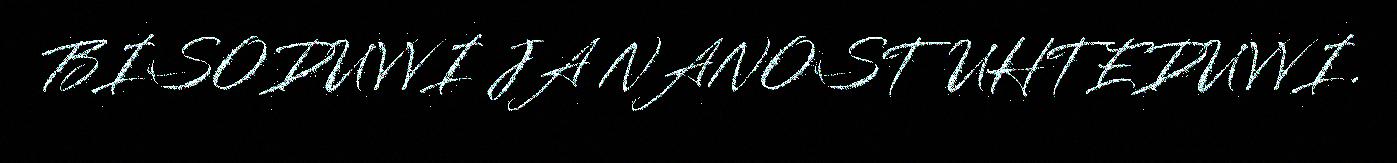
BISODUVVI JA NANOSTUHTEDUVVI.